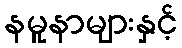
နမူနာများနှင့်